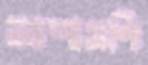
আশামণি